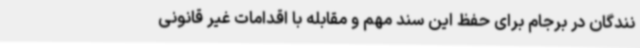
نندگان در برجام برای حفظ این سند مهم و مقابله با اقدامات غیر قانونی